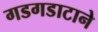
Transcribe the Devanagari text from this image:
गडगडाटाने